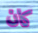
كان